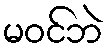
မဝင်ဘဲ